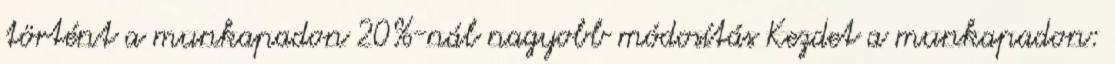
történt a munkapadon 20%-nál nagyobb módosítás Kezdet a munkapadon: